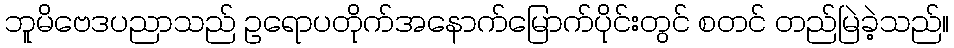
ဘူမိဗေဒပညာသည် ဥရောပတိုက်အနောက်မြောက်ပိုင်းတွင် စတင် တည်မြဲခဲ့သည်။